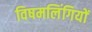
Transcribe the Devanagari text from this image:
विषमलिंगियों